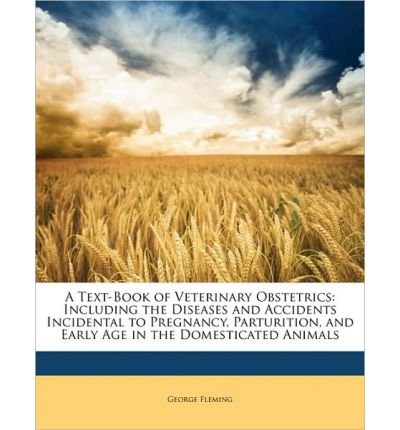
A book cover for A Text-Book of Veterinary Obstetrics: Including the Diseases and Accidents Incidental to Pregnancy, Parturition, and Early Age in the Domesticated Animals (Paperback) - Common; By (author) George Fleming; Medical Books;